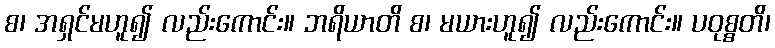
စ၊ အရှင်မဟူ၍ လည်းကောင်း။ ဘရိယာတိ စ၊ မယားဟူ၍ လည်းကောင်း။ ပဝုစ္စတိ၊